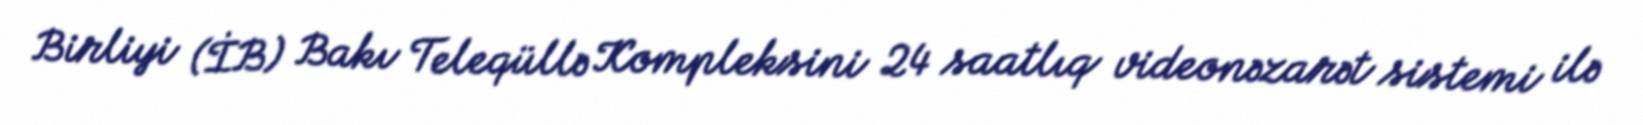
Birliyi (İB) Bakı Teleqüllə Kompleksini 24 saatlıq videonəzarət sistemi ilə